Report on horse surra - Volume II, Part I
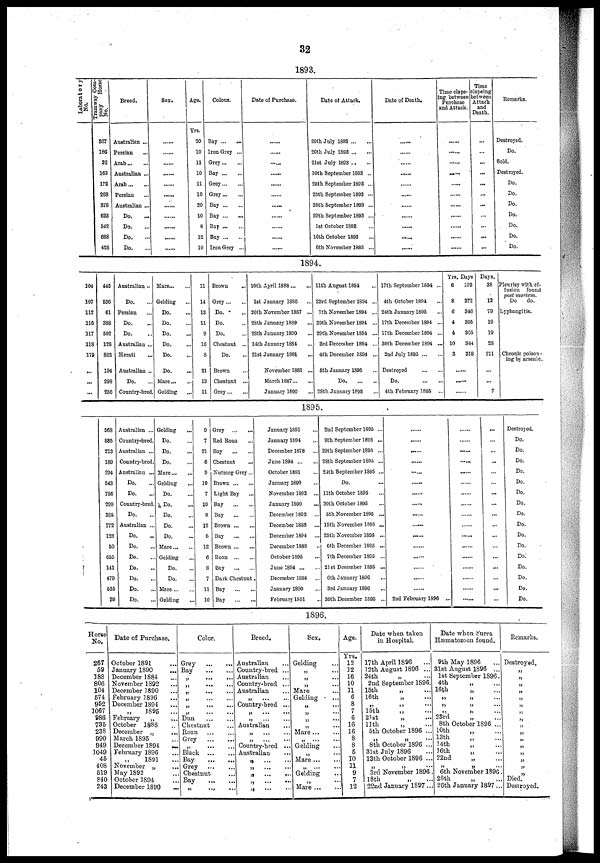
32
1893.
Laboratory
No.
Tramway com-
pany
Horse
No.
367
186
32
163
172
268
378
633
542
688
428
Breed.
Australian ...
Persian
Arab
Australian ...
Arab
Persian
Australian ..
Do.
Do.
Do.
..
Do.
Sex.
Age.
Yrs.
20
10
11
10
11
10
20
10
8
12
10
Colour.
Bay
Iron Grey ...
Grey
Bay
Grey...
Grey
Bay
Bay
Bay
Bay
Iron Grey ..
Date of Purchase.
Date of Attack.
20th July 1893
20th July 1893
21 st July 1893 ...
10th September 1893 ..
25th September 1893 ...
25th September 1893 ...
28th September 1893 ...
29th September 1893 ...
1st October 1893
16th October 1893
6th November 1883 ..
Date of Death.
Time elaps-
ing between
Purchase
and Attack.
......
Time
elapsing
between
Attack
and
Death.
...
...
...
...
...
...
...
...
...
...
...
Remarks.
Destroyed.
Do.
Sold.
Destroyed.
Do.
Do.
Do.
Do.
Do.
Do.
Do.
1894.
104
107
112
116
117
118
119
...
...
...
445
536
61
388
502
128
822
194
298
256
Australian..
Do.
Persian
Do.
Do.
Australian ...
Herati
Australian ...
Do.
Country-bred.
Mare
Gelding
Do.
Do.
Do.
Do.
Do.
Do.
Mare
Gelding
11
14
13
11
9
16
8
21
13
11
Brown
...
Grey
Do.
Do.
Do.
Chestnut ...
Do.
Brown
Chestnut ...
Grey
10th April 1888
1st January 1886
26th November 1887 ...
28th January 1889
28th January 1890
14th January 1884
21st January 1891
November 1881 ...
March 1887
January 1890
11th August 1894
23rd September 1894 ...
7th November 1894 ...
29th November 1894 ...
29th November 1894 ...
3rd December 1894 ...
4th December 1894 ...
5th January 1895
Do
28th January 1895
17th September 1894 ...
4th October 1894
24th January 1895
17th December 1894 ...
17th December 1894 ...
30th December 1894 ...
2nd July 1895
Destroyed
Do.
4th February 1895 ...
Yrs. Days
6 103
8 272
6 346
4 305
4 305
10 344
3 318
Days.
38
12
79
19
19
28
211
...
...
7
Pleurisy with ef-
fusion found
post mortem.
Do
do.
Lyphangitis.
Chronic poison¬
ing by arsenic.
1895.
568
885
213
189
294
543
786
299
325
772
128
50
655
141
479
535
39
Australian ...
Country-bred.
Australian ...
Country-bred.
Australian ...
Do.
Do.
Country-bred.
Do.
Australian ...
Do.
Do.
Do.
Do.
Do.
Do.
Do.
Gelding
Do.
Do.
Do.
Mare
Gelding
Do.
Do.
Do.
Do.
Do.
Mare
Gelding
Do.
Do.
Mare
Gelding
9
7
21
6
9
10
7
10
8
12
6
12
6
6
7
11
10
Grey
Red Roan
Bay
Chestnut
Nutmeg Grey...
Brown
Light Bay
Bay
Bay
Brown
Bay
Brown
Roan
Bay
Dark Chestnut.
Bay
Bay
January 1891
January 1894
December 1878
June 1894
October 1891
January 1890
November 1893 ...
January 1890
...
December 1892
December 1888 ...
December 1894
December 1888
October 1895
June 1894
December 1894
January 1890
February 1891
2nd September 1895 ...
9th September 1895 ...
29th September 1895 ...
28th September 1895 ...
24th September 1895 ...
Do.
11th October 1895
20th October 1895
5th November 1895 ...
15th November 1895 ...
25th November 1895 ...
6th December 1895 ...
7th December 1895 ...
21st December 1895 ...
6th January 1896
3rd January 1896
30th December 1895 ..
......
......
......
......
......
......
......
......
......
......
......
......
......
......
......
......
2nd February 1896 ..
.....
...
...
...
...
...
...
...
...
...
...
...
...
...
...
...
...
...
Destroyed.
Do.
Do.
Do.
Do.
Do.
Do.
Do.
Do.
Do.
Do.
Do.
Do.
Do.
Do.
Do.
Do.
1896.
Horse
No.
267
59
188
806
104
574
952
1067
986
735
238
990
949
1049
45
408
519
940
243
Date of Purchase.
October 1891
January 1890
...
December 1884
November 1892
December 1890
February 1896
December 1894
1895
...
February
„
October 1888
December „
March 1895
December 1894
...
February 1896
„ 1891 ...
November „
May 1892
October 1894
December 1890 ...
Color.
Grey
Bay
Dun
Chestnut
Roan
Grey
Black
Bay.
Grey
Chestnut
Bay
„
...
...
Breed.
Australian
Country-bred ...
Australian
Country-bred ...
Australian
Country-bred ...
Australian
„
„
Country-bred ...
Australian
„
Sex.
Gelding
Mare
Gelding
...
„
Mare
Gelding
Mare
...
...
Gelding
Mare
Age.
Yrs.
12
12
16
10
11
6
8
7
6
16
16
8
8
5
10
11
9
7
12
Date when taken
in Hospital.
17th April 1896
12th August 1896 ...
24th
2nd September 1896.
15th
„
16th
„
„ „ ...
15th
21st
11th
„
5th October 1896 ...
„ „ ...
8th October 1896 ...
31st July 1896
13th October 1896 ...
„ „ ...
3rd November 1896
18th
„
22nd January 1397..
Date when Surra
Hæmatozoon found.
9th May 1896
31st August 1896 ...
1st September 1896.
4th
16th
„ „
„ „
„ „
23rd
8th October 1896 ...
10th
13th
14th
16th
„
22nd
„
„ „ ...
6th November 1896.
26th
26th January 1897...
Remarks.
Destroyed.
„
„
„
„
„
„
„
„
„
„
„
„
„
„
„
„
Died.
Destroyed.